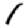
Digit: 1